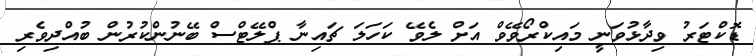
ޑޮކްޓަރު ވިދާޅުވަނީ މައިކްރޯވޭވް އަށް ލެވޭ ކަހަލަ ޗައިނާ ޕްލޭޓްސް ބޭނުންކުރުން ބުއްދިވެރި